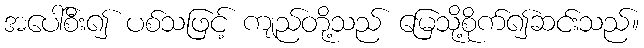
အပေါ်စီး၍ ပစ်သဖြင့် ကျည်တို့သည် မြေသို့စိုက်၍ဆင်းသည်။